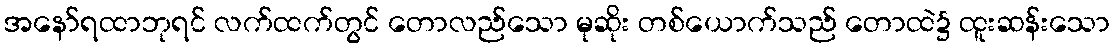
အနော်ရထာဘုရင် လက်ထက်တွင် တောလည်သော မုဆိုး တစ်ယောက်သည် တောထဲ၌ ထူးဆန်းသော